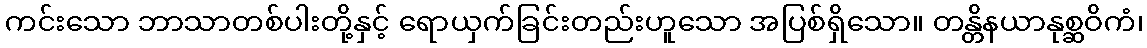
ကင်းသော ဘာသာတစ်ပါးတို့နှင့် ရောယှက်ခြင်းတည်းဟူသော အပြစ်ရှိသော။ တန္တိနယာနုစ္ဆဝိကံ၊